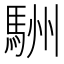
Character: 駲